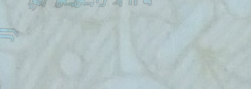
محلات لولو هايبر ماركت: ك